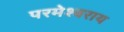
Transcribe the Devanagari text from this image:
परमेश्वराय